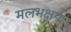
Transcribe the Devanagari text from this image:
मलभक्षण